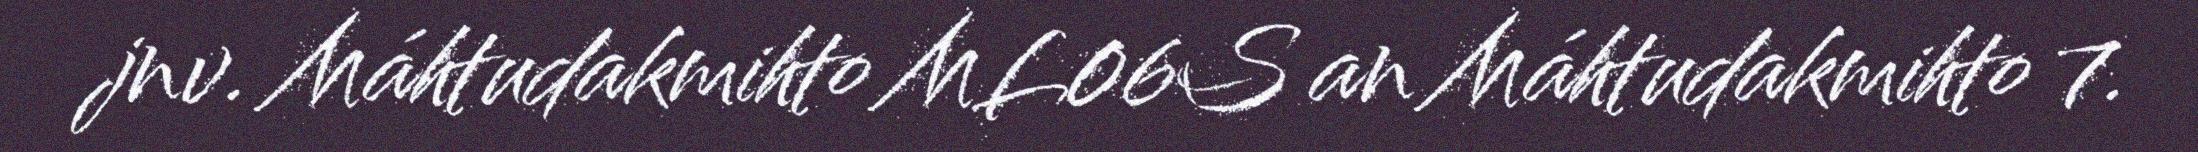
jnv. Máhtudakmihto ML06S an Máhtudakmihto 7.